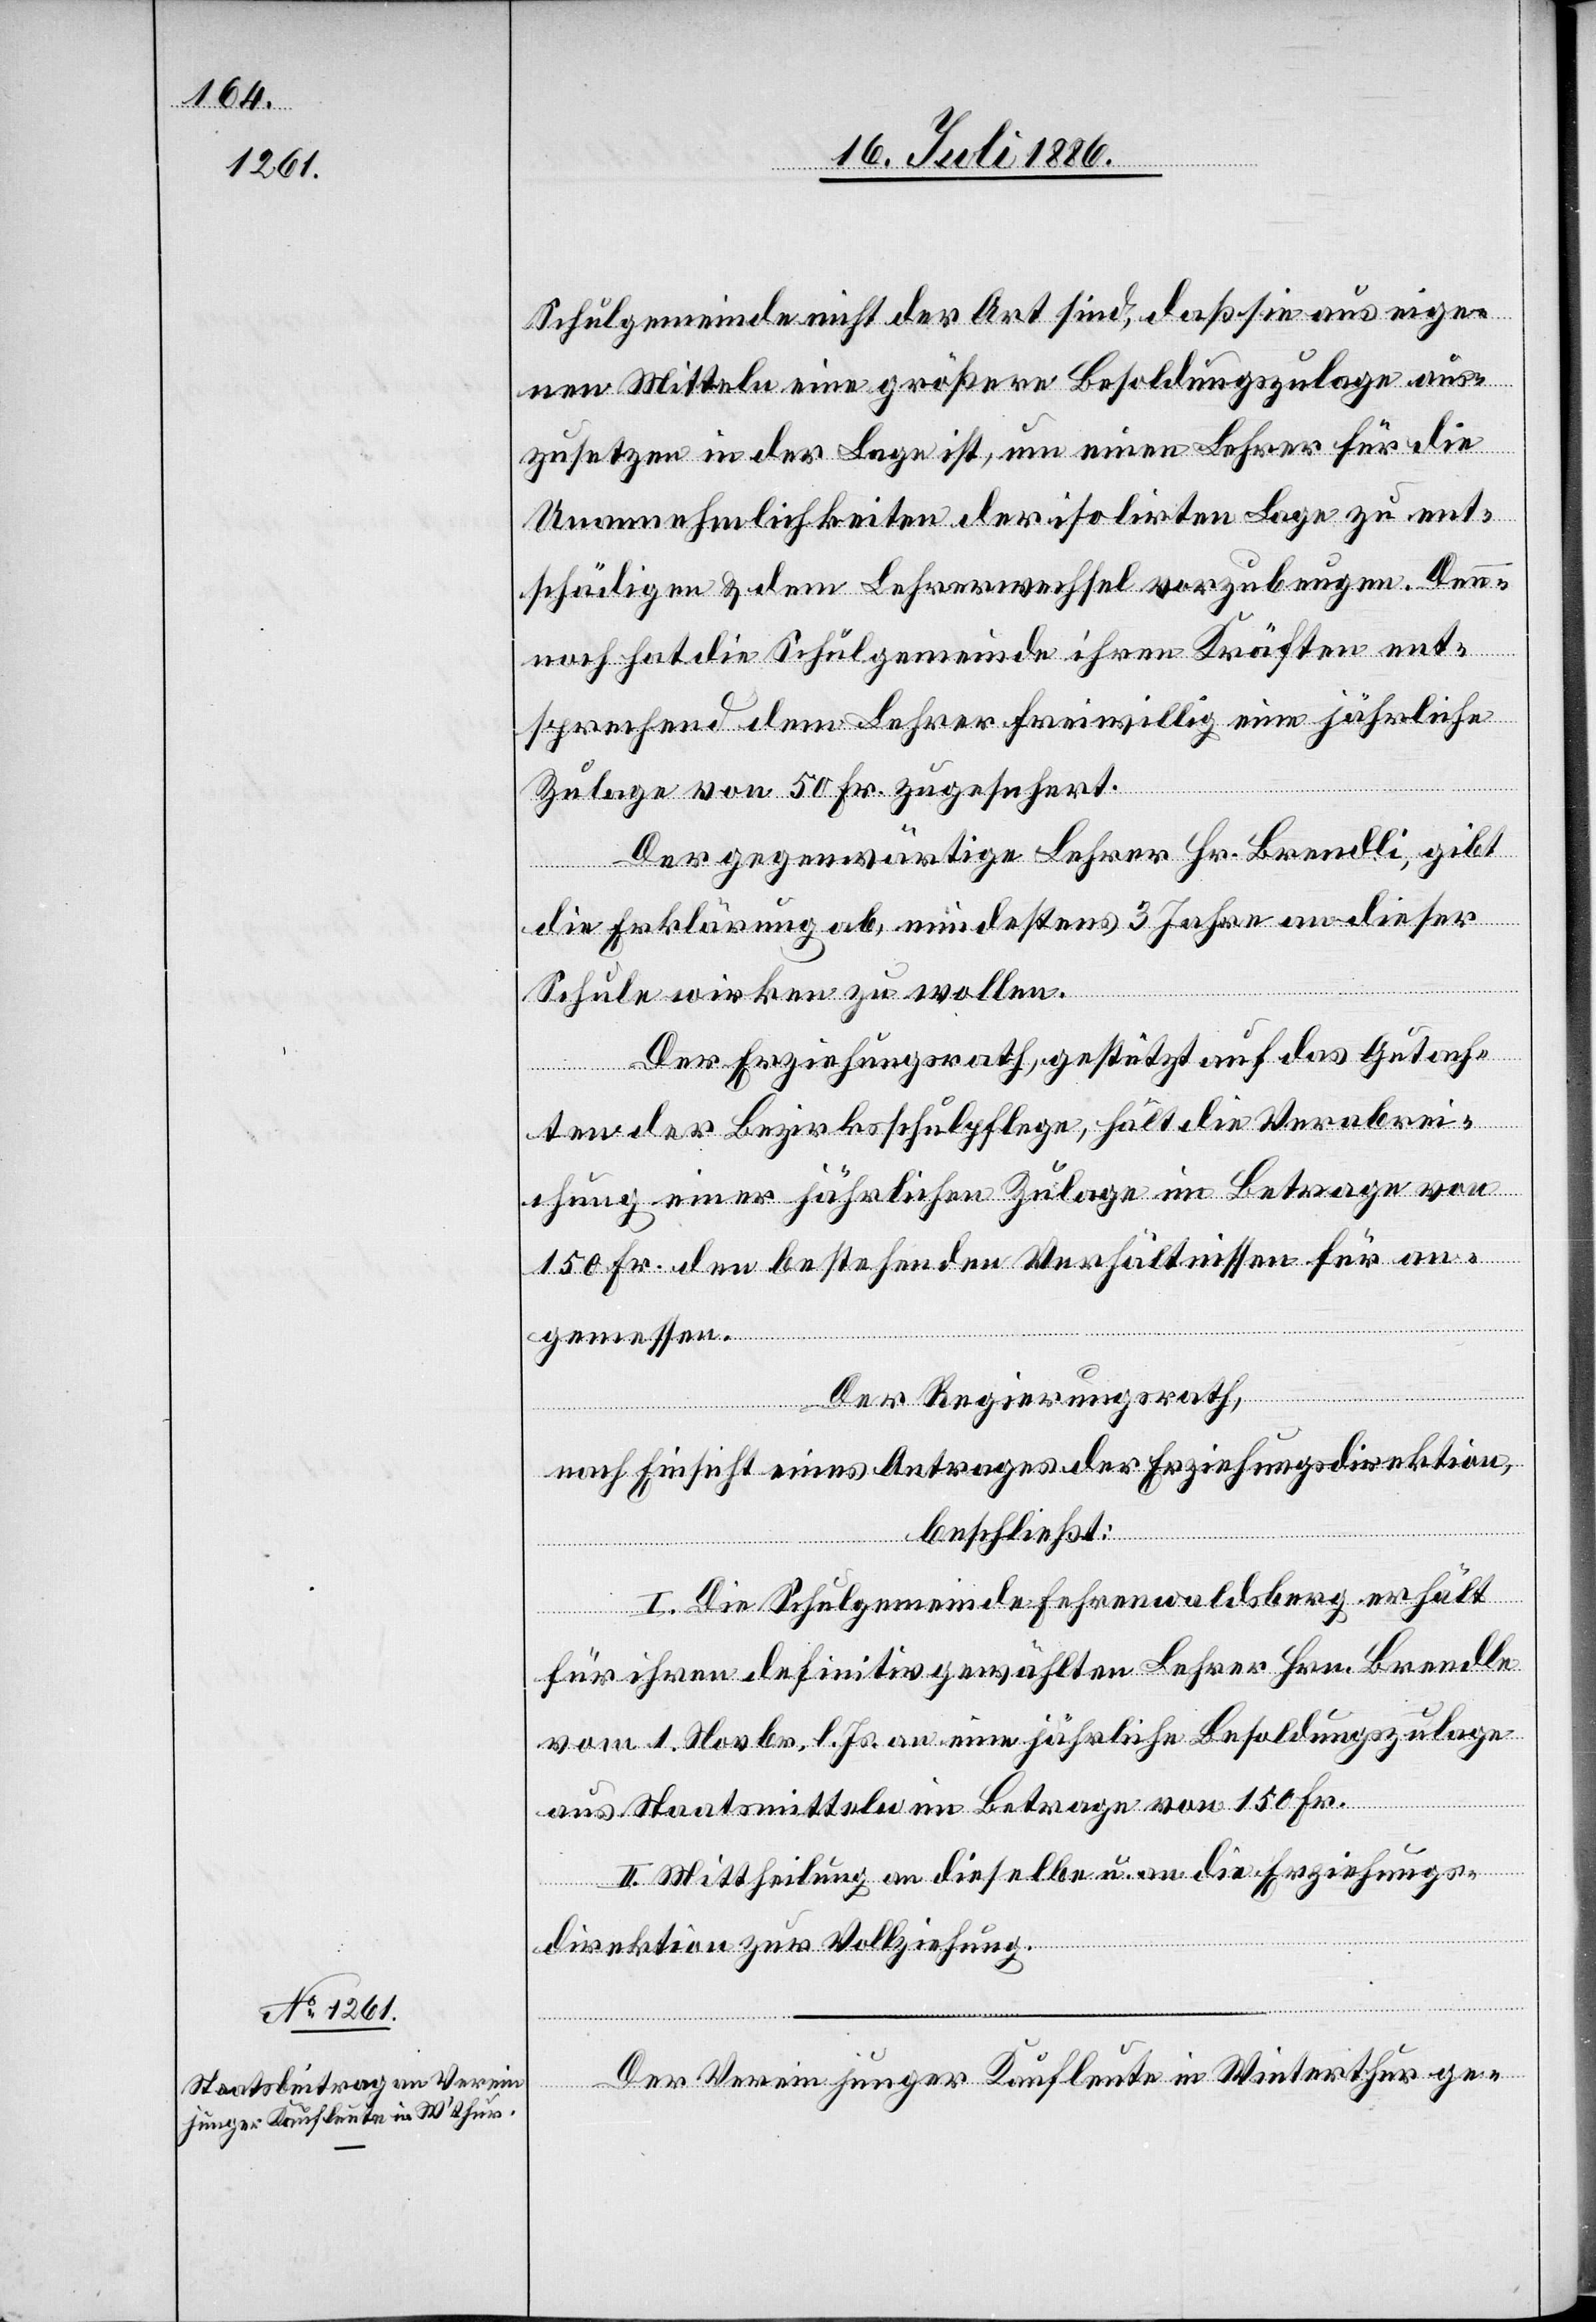
Schulgemeinde nicht der Art sind, daß sei aus eige¬
nen Mitteln eine größere Besoldungszulage aus¬
zusetzen in der Lage ist, um einen Lehrer für die
Unannehmlichkeiten der isolirten Lage zu ent¬
schädigen & dem Lehrerwechsel vorzubeugen. Den¬
noch hat die Schulgemeinde ihren Kräften ent¬
sprechend dem Lehrer freiwillig eine jährliche
Zulage von 50 Fr. zugesichert.
Der gegenwärtige Lehrer Hr. Brendli, gibt
die Erklärung ab, mindestens 3 Jahre an dieser
Schule wirken zu wollen.
Der Erziehungsrath, gestützt auf das Gutach¬
ten der Bezirksschulpflege, hält die Verabrei¬
chung einer jährlichen Zulage im Betrage von
150 Fr. den bestehenden Verhältnissen für an¬
gemessen.
Der Regierungsrath,
nach Einsicht eines Antrages der Erziehungsdirektion,
beschließt:
I. Die Schulgemeinde Fehrenwaldsberg erhält
für ihren definitiv gewählten Lehrer Hrn. Brendle
vom 1. Novbr. l. Js. an eine jährliche Besoldungszulage
aus Staatsmitteln im Betrage von 150 Fr.
II. Mittheilung an dieselbe u. an die Erziehungs¬
direktion zur Vollziehung.
Der Verein junger Kaufleute in Winterthur ge-